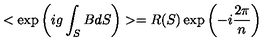
< \exp \left( i g \int _ { S } B d S \right) > = R ( S ) \exp \left( - i \frac { 2 \pi } { n } \right)